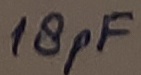
Text: 18pF